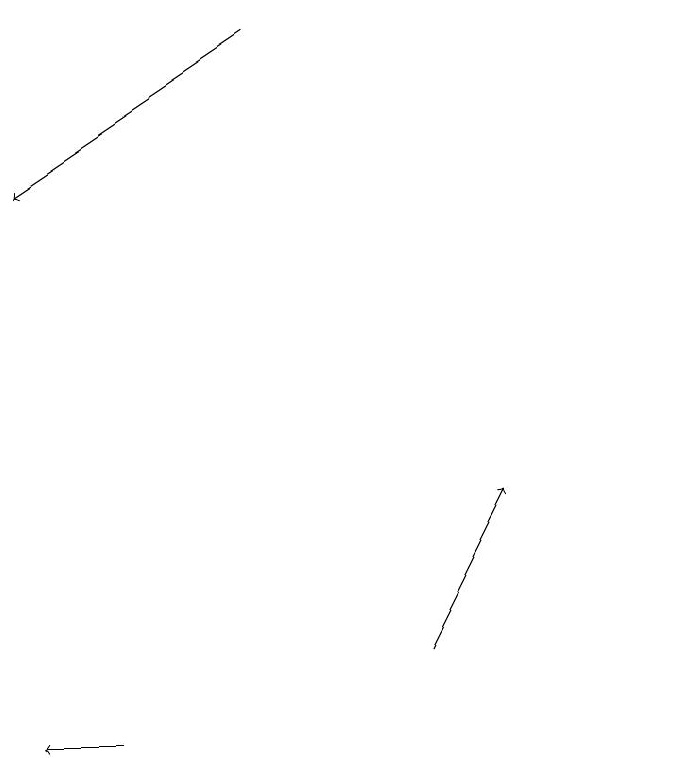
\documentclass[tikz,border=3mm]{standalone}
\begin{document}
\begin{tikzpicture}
\draw[->] (6,19) -- (3,17);
\draw[->] (8,11) -- (9,13);
\draw (11,10) circle (0);
\draw[->] (4,10) -- (3,10);
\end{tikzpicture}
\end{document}